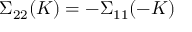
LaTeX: \Sigma _ { 2 2 } ( K ) = - \Sigma _ { 1 1 } ( - K )